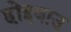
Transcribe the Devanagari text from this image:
होइबाउ